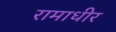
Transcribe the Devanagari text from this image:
रामाधीर